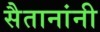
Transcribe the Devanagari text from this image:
सैतानांनी